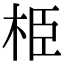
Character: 栕